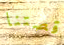
قصتنا